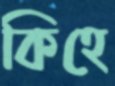
কিহে